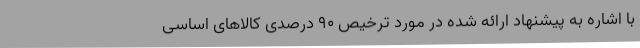
با اشاره به پیشنهاد ارائه شده در مورد ترخیص ۹۰ درصدی کالاهای اساسی